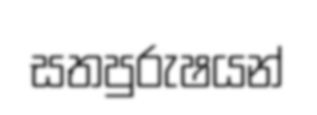
සතපුරුෂයන්